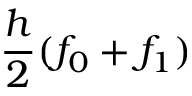
{ \frac { h } { 2 } } ( f _ { 0 } + f _ { 1 } )